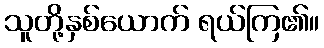
သူတို့နှစ်ယောက် ရယ်ကြ၏။